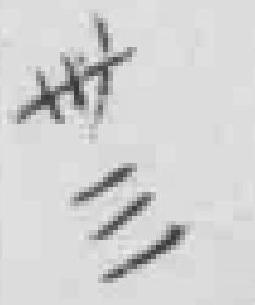
无法识别